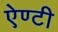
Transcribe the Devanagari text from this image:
ऐण्टी